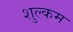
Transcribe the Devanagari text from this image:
शुल्कम